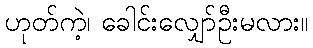
ဟုတ်ကဲ့၊ ခေါင်းလျှော်ဦးမလား။